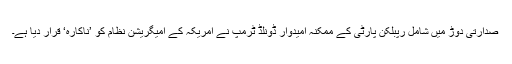
صدارتی دوڑ میں شامل رپبلکن پارٹی کے ممکنہ اُمیدوار ڈونلڈ ٹرمپ نے امریکہ کے امیگریشن نظام کو ’ناکارہ‘ قرار دیا ہے۔